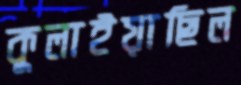
কুলাইয়াছিল